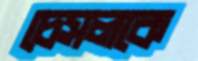
চেসলকে